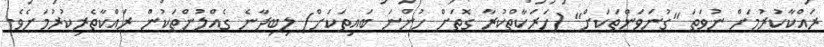
ރައްކާކުރުމަށް ނުވަތަ "ގުނަވަންތަކަށް" (ހަރަކާތްކުރާ ގޮތަށް ހުންނަ ބައިތަކަށް) ލިބިދާނެ ގެއްލުންތަކުން ރައްކާތެރިކުރުމަށެވެ.